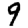
Digit: 9